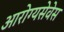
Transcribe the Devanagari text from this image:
आरोग्यसेवेस